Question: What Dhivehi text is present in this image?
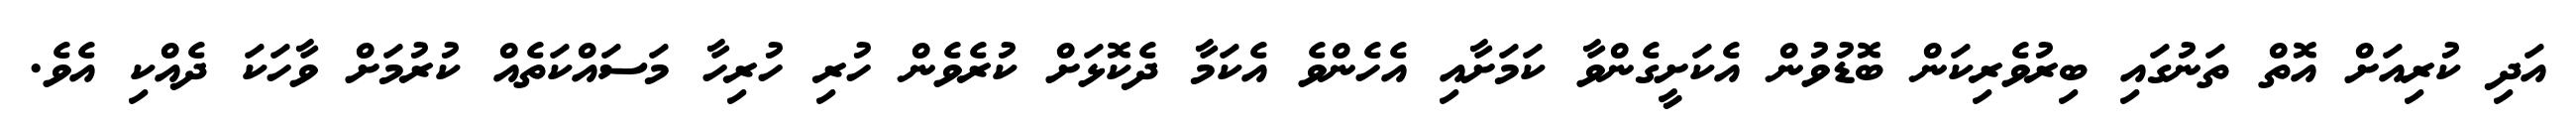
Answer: އަދި ކުރިއަށް އޮތް ތަނުގައި ބިރުވެރިކަން ބޮޑުވުން އެކަށީގެންވާ ކަމަށާއި އެހެންވެ އެކަމާ ދެކޮޅަށް ކުރެވެން ހުރި ހުރިހާ މަސައްކަތެއް ކުރުމަށް ވާހަކަ ދެއްކި އެވެ.